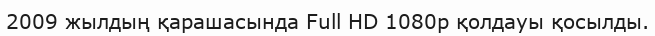
2009 жылдың қарашасында Full HD 1080p қолдауы қосылды.